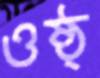
ওষ্ঠ্